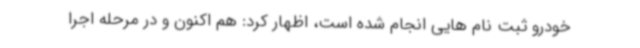
خودرو ثبت نام هایی انجام شده است، اظهار کرد: هم اکنون و در مرحله اجرا